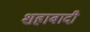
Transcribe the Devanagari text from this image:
शहाबादी